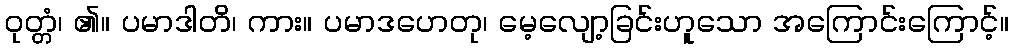
ဝုတ္တံ၊ ၏။ ပမာဒါတိ၊ ကား။ ပမာဒဟေတု၊ မေ့လျော့ခြင်းဟူသော အကြောင်းကြောင့်။